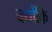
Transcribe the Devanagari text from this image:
क्‍योंकि